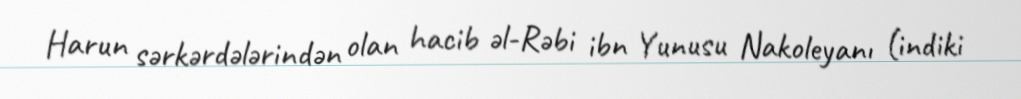
Harun sərkərdələrindən olan hacib əl-Rəbi ibn Yunusu Nakoleyanı (indiki